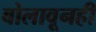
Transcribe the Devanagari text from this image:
बोलावूनही